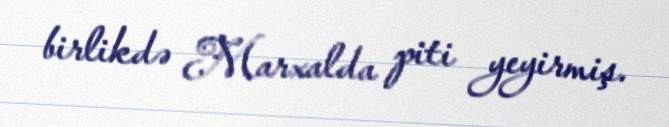
birlikdə Marxalda piti yeyirmiş.